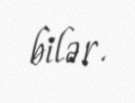
bilər.